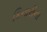
કિનારીના